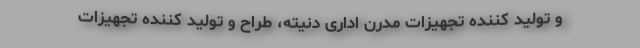
و تولید کننده تجهیزات مدرن اداری دنیته، طراح و تولید کننده تجهیزات